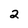
Character: 2